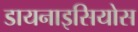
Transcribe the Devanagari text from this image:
डायनाइसियोस